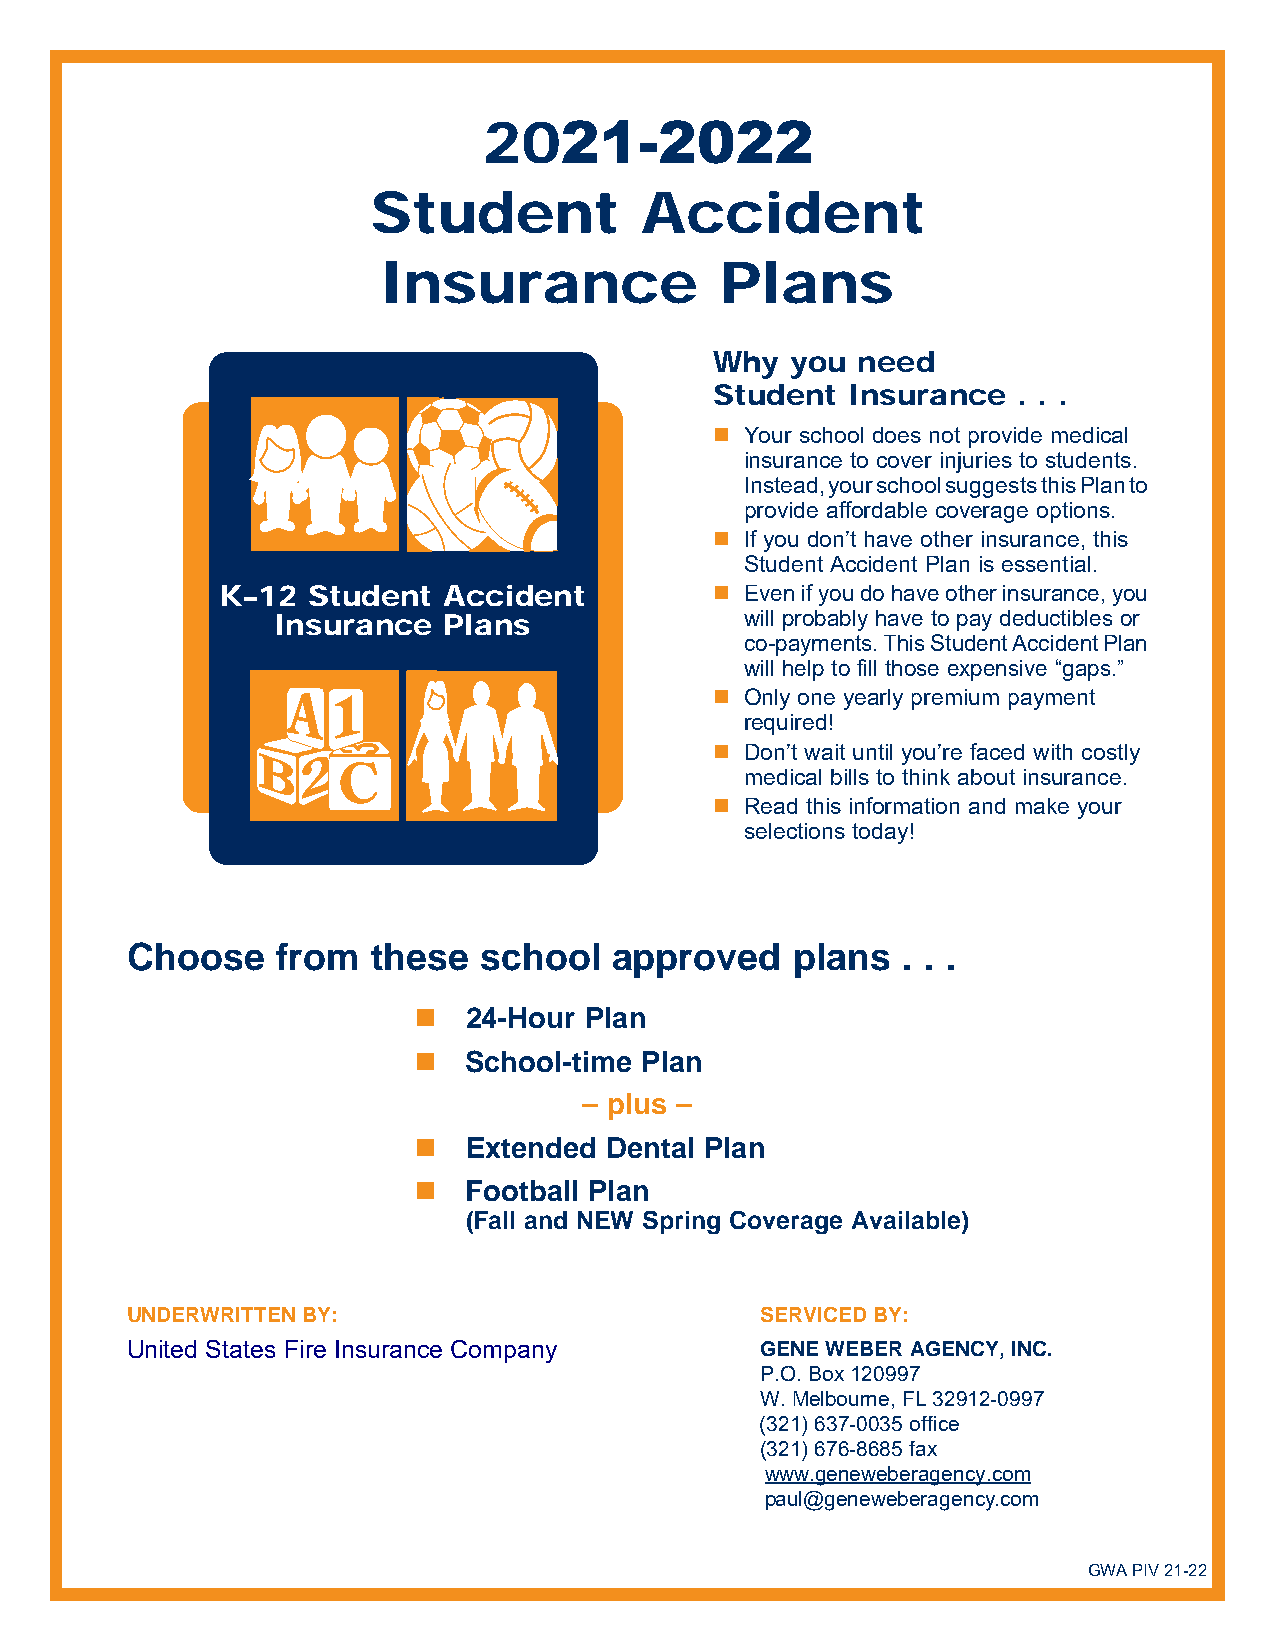
2021-2022
 Student          Accident
 Insurance              Plans
 Why  you  need
 Student  Insurance  . . .
  Your school does not provide medical
 insurance to cover injuries to students.
 Instead, your school suggests this Plan to
 provide affordable coverage options.
  If you don’t have other insurance, this
 Student Accident Plan is essential.
 K–12 Student  Accident           Even if you do have other insurance, you
 Insurance  Plans               will probably have to pay deduct ibles or
 co-payments. This Student Accident Plan
 will help to fill those expensive “gaps.”
  Only one yearly premium payment
 required!
  Don’t wait until you’re faced with costly
 medical bills to think about insurance.
  Read this information and make your
 selections today!
 Choose    from   these  school   approved   plans   . . .
    24-Hour Plan
                      School-time Plan
 – plus –
                      Extended Dental Plan
                      Football Plan
 (Fall and NEW Spring Coverage Available)
 UNDERWRITTEN BY:                          SERVICED BY:
 United States Fire Insurance Company      GENE WEBER AGENCY, INC.
 P.O. Box 120997
 W. Melbourne, FL 32912-0997
 (321) 637-0035 office
 (321) 676-8685 fax
 www.geneweberagency.com
 paul@geneweberagency.com
 GWA PIV 21-22